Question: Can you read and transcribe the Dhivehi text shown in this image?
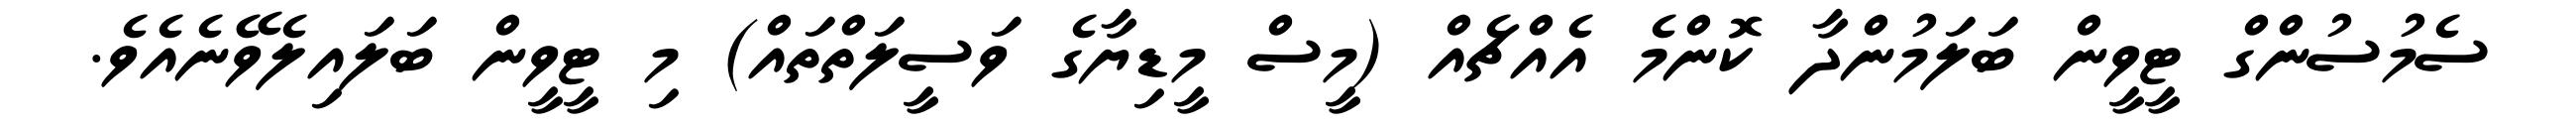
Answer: ސެމުސުންގް ޓީވީން ބަލަމުންދާ ކޮންމެ އެއްޗެއް (މީސް މީޑިޔާގެ ވަސީލަތްތައް) މި ޓީވީން ބަލައިލެވޭނެއެވެ.